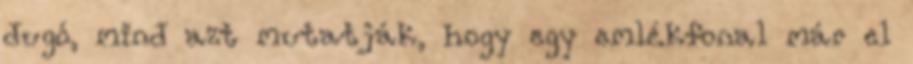
dugó, mind azt mutatják, hogy egy emlékfonal már el